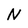
Character: N